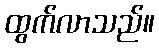
ထွက်လာသည်။